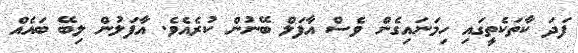
ފަދަ ކާތަކެތީގައި ހިމަނައިގެން ވެސް އާފަލް ބޭނުން ކުރެއެވެ. އާފަލުން ލިބޭ ބައެއް